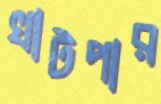
খাটপার